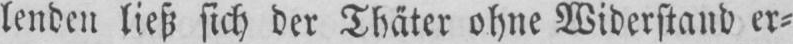
lenden ließ sich der Thäter ohne Widerstand er⸗